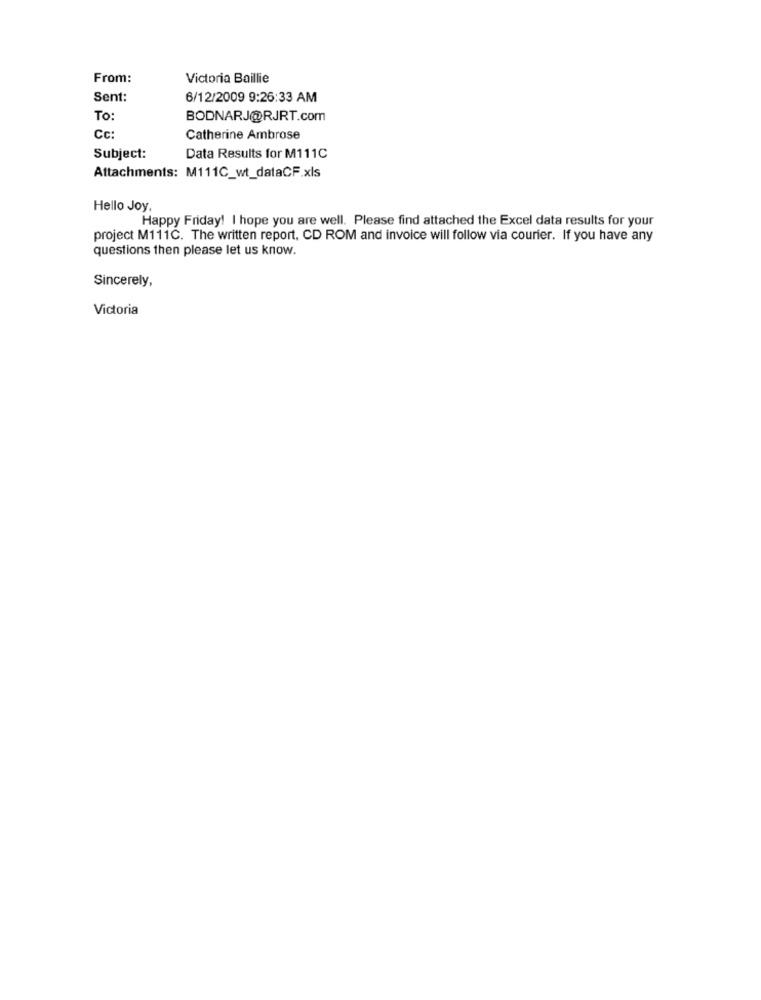
From:
Victoria Baillie
Sent:
6/12/2009 9:26:33 AM
To:
BODNARJ@RJRT.com
Cc:
Catherine Ambrose
Subject:
Data Results for M111C
Attachments: M111C_wt_dataCF.xls
Hello Joy,
Happy Friday! I hope you are well. Please find attached the Excel data results for your
project M111C. The written report. CD ROM and invoice will follow via courier. If you have any
questions then please let us know.
Sincerely,
Victoria